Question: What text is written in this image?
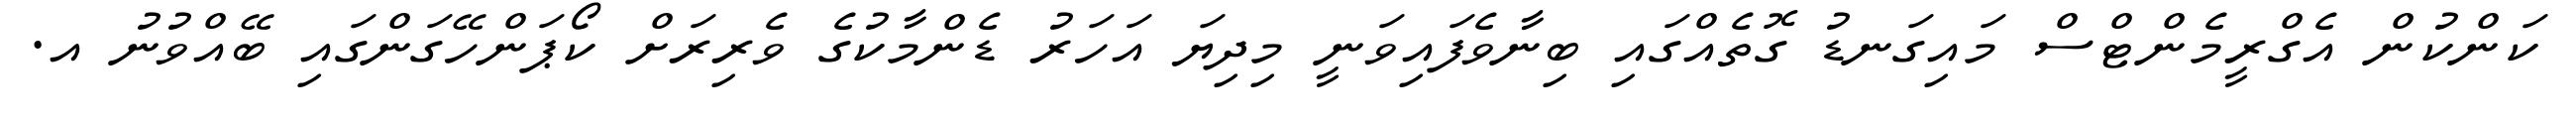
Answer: ކަންކުން އެގްރީމެންޓްސް މައިގަނޑު ގޮތެއްގައި ބިނާވެފައިވަނީ މިދިޔަ އަހަރު ޑެންމާކުގެ ވެރިރަށް ކޯޕަންހޭގަންގައި ބޭއްވުނު އ.